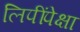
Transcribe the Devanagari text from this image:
लिपींपेक्षा